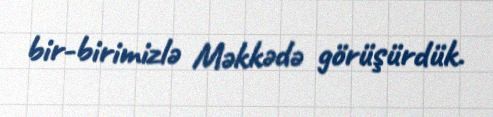
bir-birimizlə Məkkədə görüşürdük.